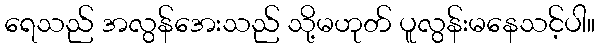
ရေသည် အလွန်အေးသည် သို့မဟုတ် ပူလွန်းမနေသင့်ပါ။